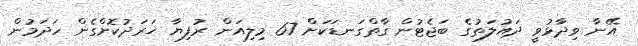
އޭނާ ވިދާޅުވީ ދައުލަތުގެ ބަޖެޓުން ގާތްގަނޑަކަށް 67 މިލިއަން ރުފިޔާ ޚަރަދުކޮށްގެން ހަދަމުން